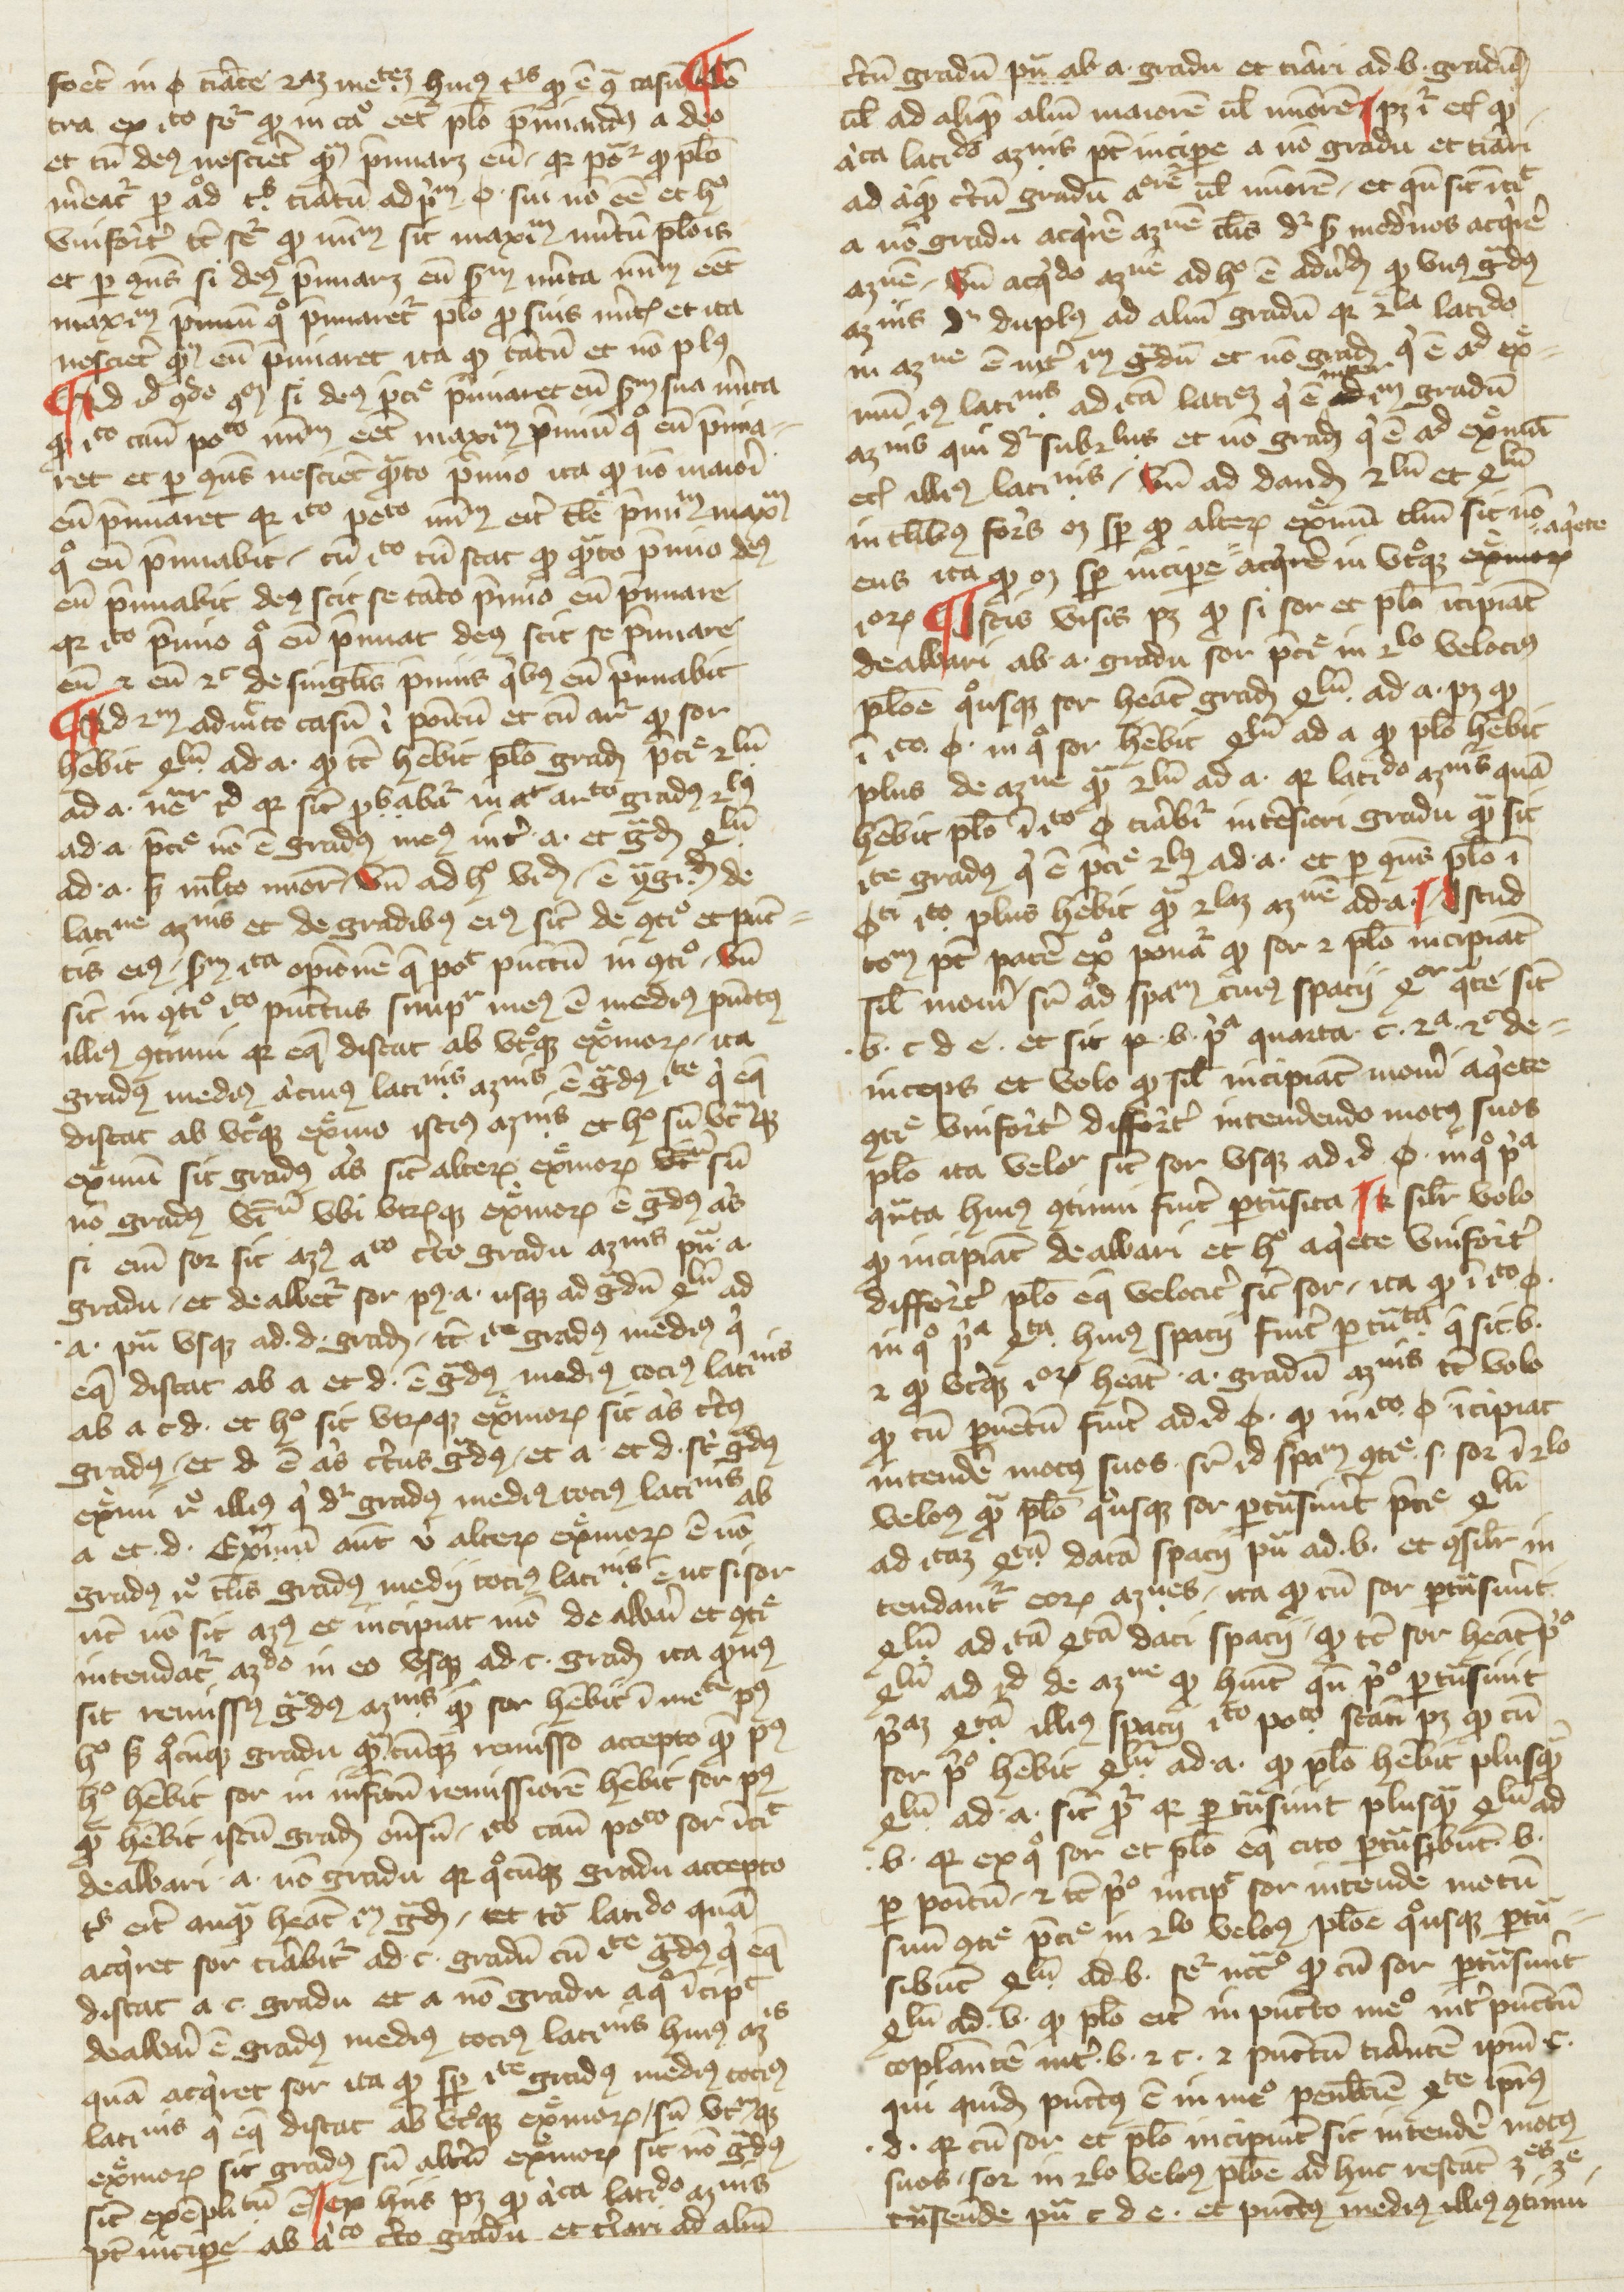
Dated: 1270–1399